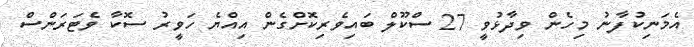
އެމަނިކުފާނު މިހެން ވިދާޅުވީ 27 ސްކޫލް ބައިވެރިކޮށްގެން އިއްޔެ ހަވީރު ސޮކާ ވެޓަރަންސް